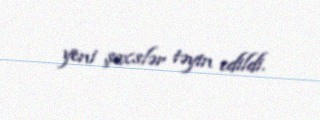
yeni şəxslər təyin edildi.